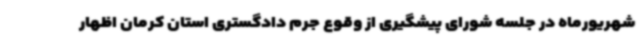
شهریورماه در جلسه شورای پیشگیری از وقوع جرم دادگستری استان کرمان اظهار